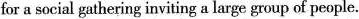
for a social gathering inviting a large group of people.